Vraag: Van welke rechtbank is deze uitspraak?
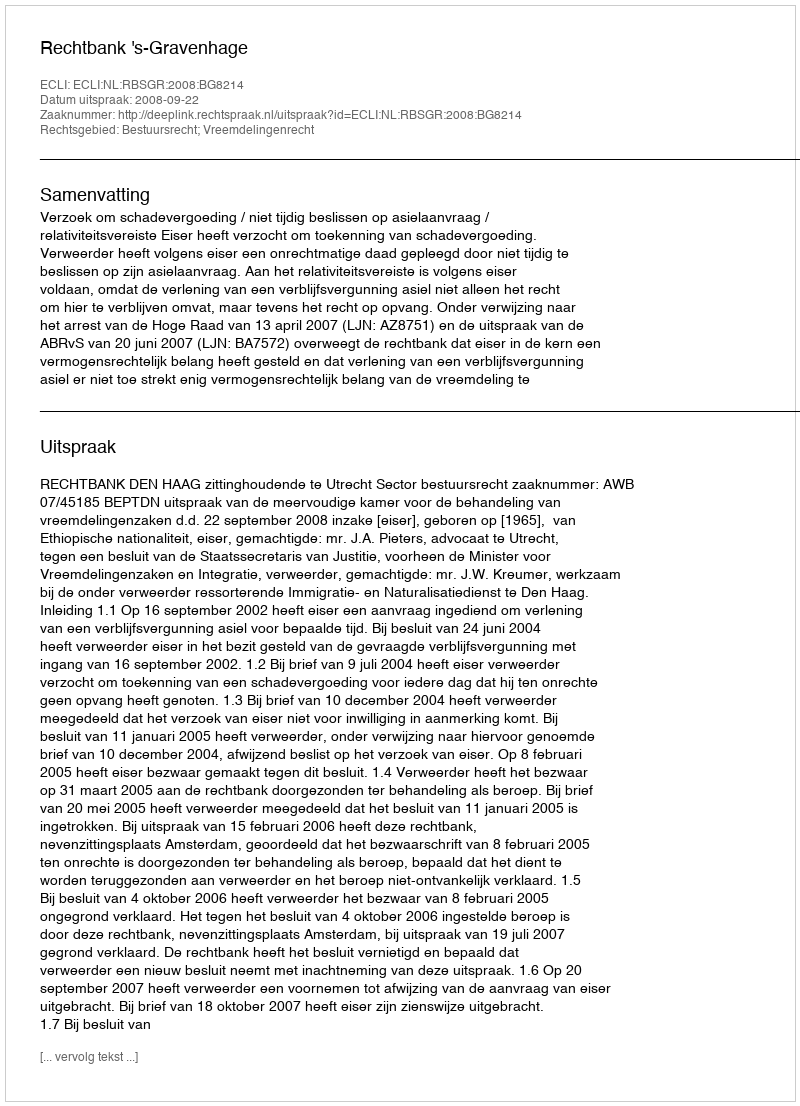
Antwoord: Rechtbank 's-Gravenhage